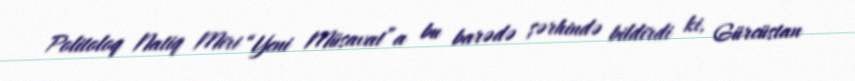
Politoloq Natiq Miri “Yeni Müsavat”a bu barədə şərhində bildirdi ki, Gürcüstan